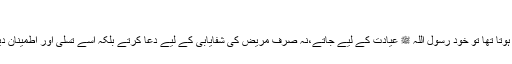
‘‘
سیرت رسول اللہﷺ میں آیا ہے کہ جب کوئی بیمار ہوتا تھا تو خود رسول اللہ ﷺ عیادت کے لیے جاتے،نہ صرف مریض کی شفایابی کے لیے دعا کرتے بلکہ اسے تسلی اور اطمینان دیا جاتا کہ ان شاء اللہ جلد صحت یابی نصیب ہو گی۔